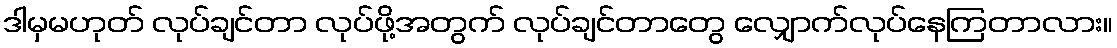
ဒါမှမဟုတ် လုပ်ချင်တာ လုပ်ဖို့အတွက် လုပ်ချင်တာတွေ လျှောက်လုပ်နေကြတာလား။